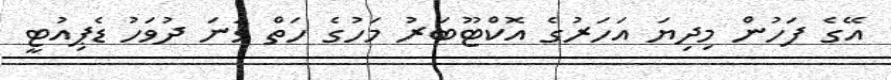
އޭގެ ފަހުން މިދިޔަ އަހަރުގެ އޮކްޓޫބަރު މަހުގެ ހަތް ވަނަ ދުވަހު ޑެޕިއުޓީ